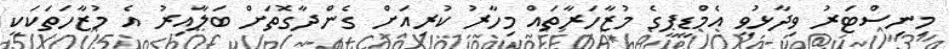
މިނިސްޓަރު ވިދާޅުވީ އެމްޑީޕީގެ މުޒާހަރާތައް މިހާރު ކުރިއަށް ގެންދާގޮތަށް ބަލާއިރު އެ މުޒާހަތަކަކީ